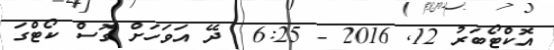
އޮކްޓޯބަރު 12